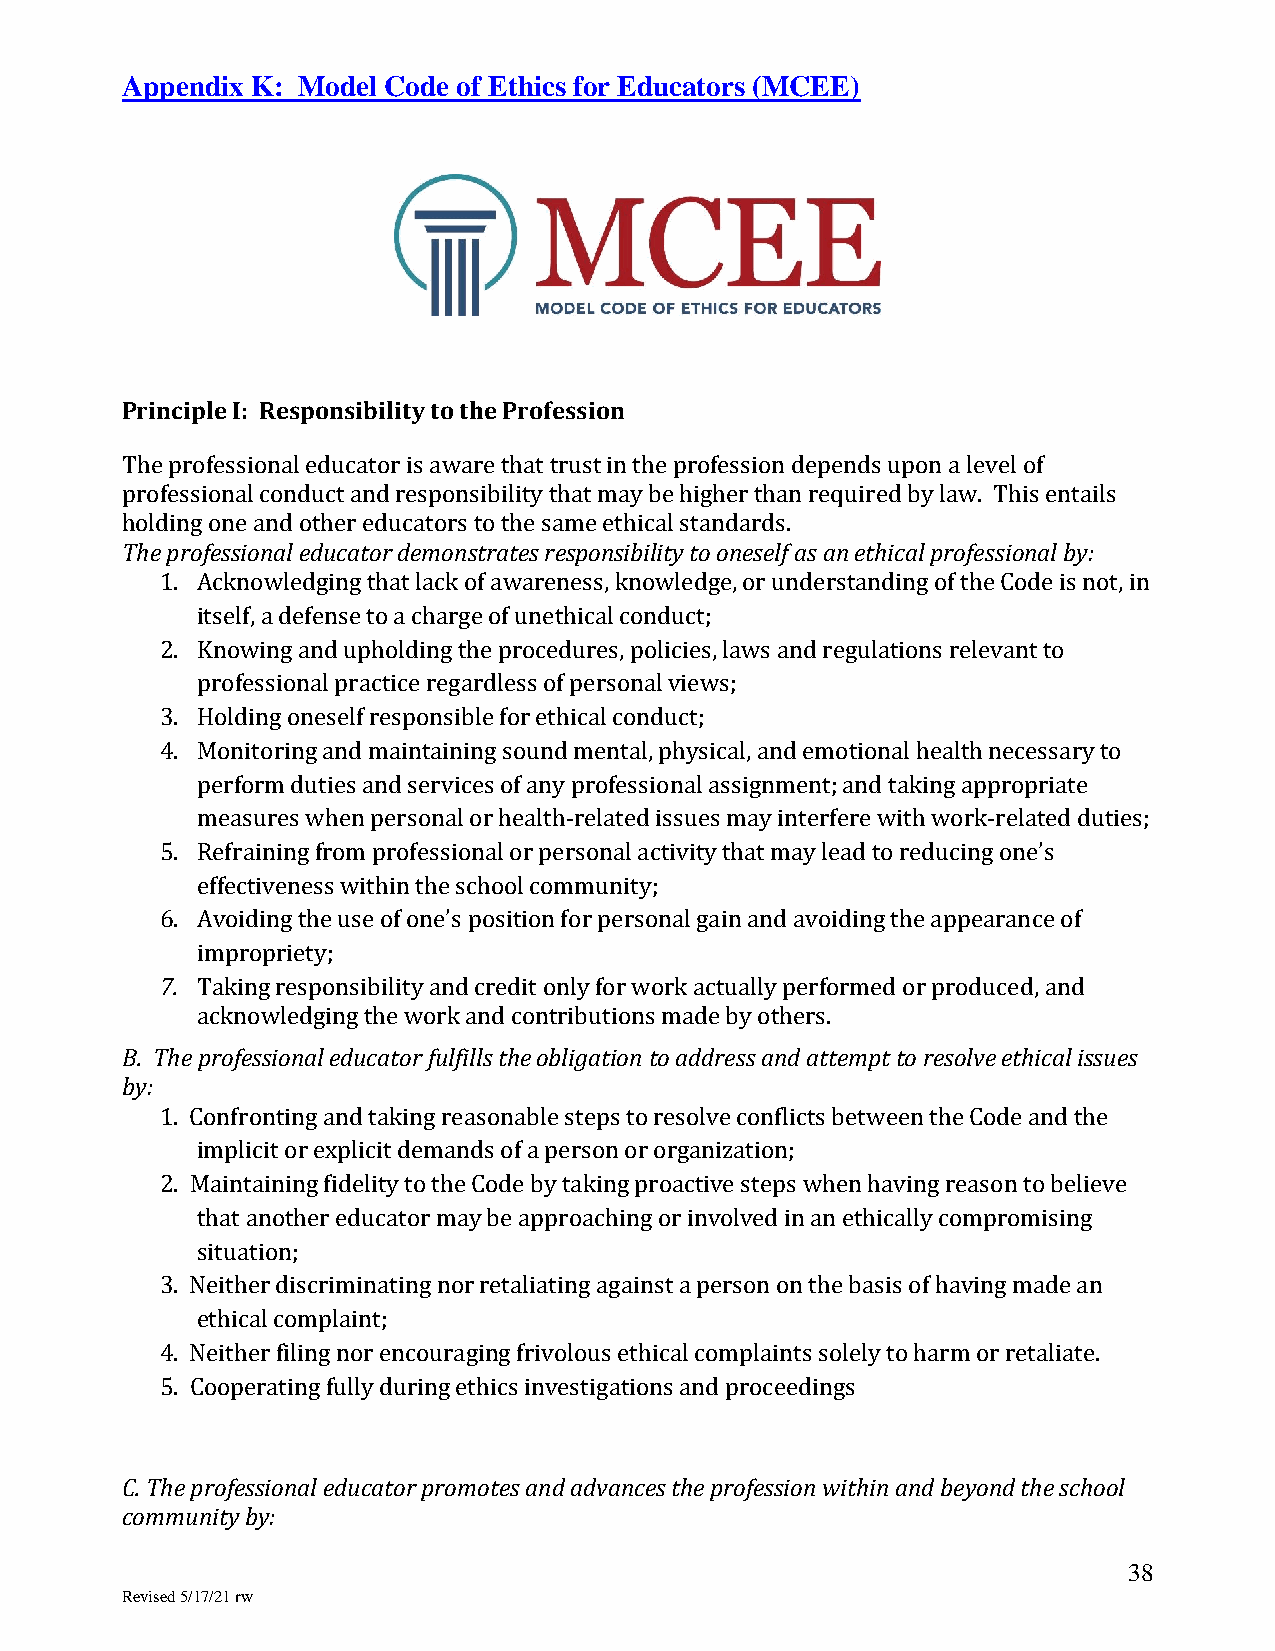
Appendix K: Model Code of Ethics for Educators (MCEE)
 Principle I: Responsibility to the Profession
 The professional educator is aware that trust in the profession depends upon a level of
 professional conduct and responsibility that may be higher than required by law. This entails
 holding one and other educators to the same ethical standards.
 The professional educator demonstrates responsibility to oneself as an ethical professional by:
 1. Acknowledging that lack of awareness, knowledge, or understanding of the Code is not, in
 itself, a defense to a charge of unethical conduct;
 2. Knowing and upholding the procedures, policies, laws and regulations relevant to
 professional practice regardless of personal views;
 3. Holding oneself responsible for ethical conduct;
 4. Monitoring and maintaining sound mental, physical, and emotional health necessary to
 perform duties and services of any professional assignment; and taking appropriate
 measures when personal or health-related issues may interfere with work-related duties;
 5. Refraining from professional or personal activity that may lead to reducing one’s
 effectiveness within the school community;
 6. Avoiding the use of one’s position for personal gain and avoiding the appearance of
 impropriety;
 7. Taking responsibility and credit only for work actually performed or produced, and
 acknowledging the work and contributions made by others.
 B. The professional educator fulfills the obligation to address and attempt to resolve ethical issues
 by:
 1. Confronting and taking reasonable steps to resolve conflicts between the Code and the
 implicit or explicit demands of a person or organization;
 2. Maintaining fidelity to the Code by taking proactive steps when having reason to believe
 that another educator may be approaching or involved in an ethically compromising
 situation;
 3. Neither discriminating nor retaliating against a person on the basis of having made an
 ethical complaint;
 4. Neither filing nor encouraging frivolous ethical complaints solely to harm or retaliate.
 5. Cooperating fully during ethics investigations and proceedings
 C. The professional educator promotes and advances the profession within and beyond the school
 community by:
 38
 Revised 5/17/21 rw